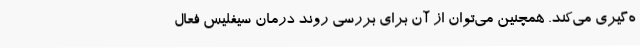
ه‌گیری می‌کند. همچنین می‌توان از آن برای بررسی روند درمان سیفلیس فعال